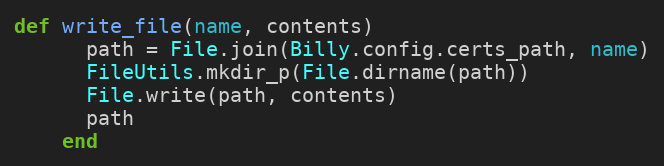
Language: Ruby
def write_file(name, contents)
      path = File.join(Billy.config.certs_path, name)
      FileUtils.mkdir_p(File.dirname(path))
      File.write(path, contents)
      path
    end